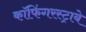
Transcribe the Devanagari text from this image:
कॉफिंगरस्ट्राबे